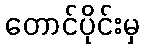
တောင်ပိုင်းမှ